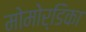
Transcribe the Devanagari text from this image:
मोमोर्डिका